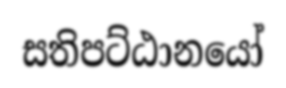
සතිපට්ඨානයෝ